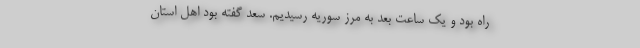
راه بود و یک ساعت بعد به مرز سوریه رسیدیم. سعد گفته بود اهل استان